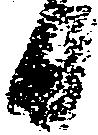
日